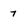
Character: 7